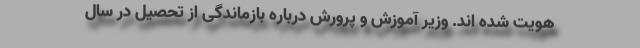
هویت شده اند. وزیر آموزش و پرورش درباره بازماندگی از تحصیل در سال